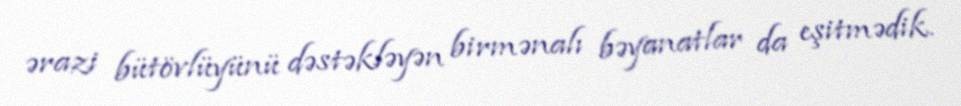
ərazi bütövlüyünü dəstəkləyən birmənalı bəyanatlar da eşitmədik.